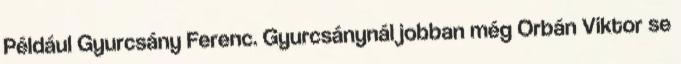
Például Gyurcsány Ferenc. Gyurcsánynál jobban még Orbán Viktor se